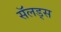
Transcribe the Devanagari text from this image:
सॅलड्स